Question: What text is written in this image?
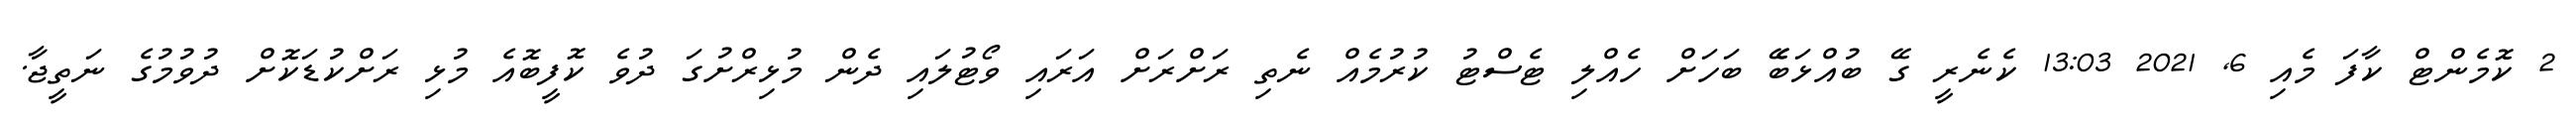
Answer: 2 ކޮމެންޓް ކާފަ މެއި 6, 2021 13:03 ކެނެރީ ގޭ ބުއްޅަބޭެ ބަހަށް ހެއްލި ޓެސްޓު ކުރުމެއް ނެތި ރަށްރަށް އަރައި ވޯޓުލައި ދެން މުޅިރްށުގަ ދުވެ ކޮފީބޮއެ މުޅި ރަށްކުޑަކޮށް ދުވުމުގެ ނަތީޖާ.